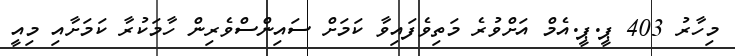
މިހާރު 403 ޕީ.ޕީ.އެމް އަށްވުރެ މަތިވެފައިވާ ކަމަށް ސައިންސްވެރިން ހާމަކުރާ ކަމަށާއި މިއީ